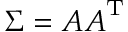
{ \boldsymbol { \Sigma } } = { \boldsymbol { A } } { \boldsymbol { A } } ^ { \mathrm { T } }